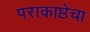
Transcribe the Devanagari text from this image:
पराकाष्ठेचा